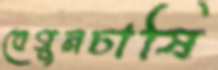
বেগুনচাষি